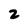
Character: 2